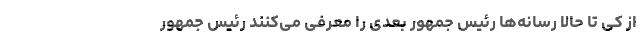
از کی تا حالا رسانه‌ها رئیس جمهور بعدی را معرفی می‌کنند رئیس جمهور